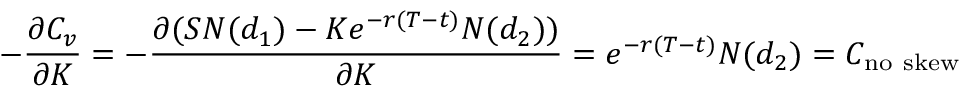
- { \frac { \partial C _ { v } } { \partial K } } = - { \frac { \partial ( S N ( d _ { 1 } ) - K e ^ { - r ( T - t ) } N ( d _ { 2 } ) ) } { \partial K } } = e ^ { - r ( T - t ) } N ( d _ { 2 } ) = C _ { \mathrm { n o ~ s k e w } }